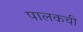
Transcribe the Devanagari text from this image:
पालकची